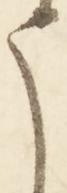
う